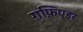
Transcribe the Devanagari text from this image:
ग़फ़िएइर